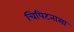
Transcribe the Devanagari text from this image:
चिपिटनासा